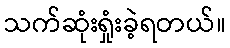
သက်ဆုံးရှုံးခဲ့ရတယ်။